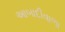
આબાદીવાળા